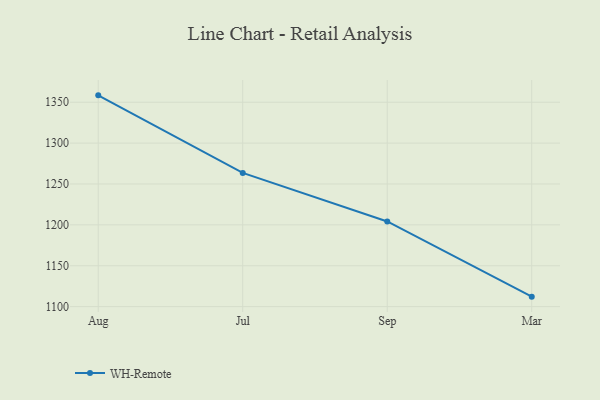
{"axis": {"x": "Month", "y": "Latency (ms)"}, "legend": ["WH-Remote"], "data": [{"x": "Aug", "y": 1358.4, "type": "WH-Remote"}, {"x": "Jul", "y": 1263.5, "type": "WH-Remote"}, {"x": "Sep", "y": 1204.2, "type": "WH-Remote"}, {"x": "Mar", "y": 1112.2, "type": "WH-Remote"}]}